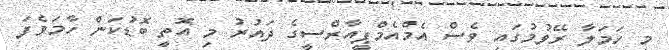
މި ހަމަލާ ރޭވުމުގައި ވެސް އެމްއެމްޕީއާރްސީގެ ދައުރު މި އޮތީ ބޮޑުކަން ހާމަވެފަ